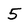
Character: 5